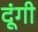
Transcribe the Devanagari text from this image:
दूंगी